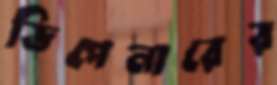
ডিপেনারের